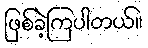
ဖြစ်ခဲ့ကြပါတယ်။